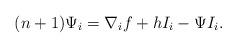
LaTeX: \begin{align*}(n+1)\Psi_{i}=\nabla_{i} f+hI_{i}-\Psi I_i.\end{align*}